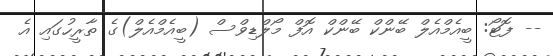
-- ފޮޓޯ: ބީއެމްއެލް ބޭންކް ބޭންކް އޮފް މޯލްޑިވްސް (ބީއެމްއެލް)ގެ ތާރީހުގައި އެ